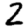
Digit: 2